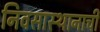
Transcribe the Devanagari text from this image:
निवसास्थानाची